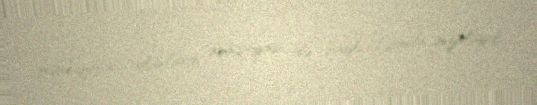
məhkumluğu olanların amnistiyası ilə bağlı fərman imzalayıb.